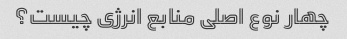
چهار نوع اصلی منابع انرژی چیست؟